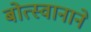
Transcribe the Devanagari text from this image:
बोत्स्वानाने